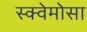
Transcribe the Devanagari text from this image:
स्क्वेमोसा